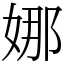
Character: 娜